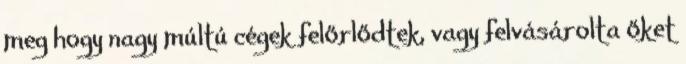
meg hogy nagy múltú cégek felőrlődtek, vagy felvásárolta őket